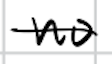
Text: no
Cross-out: single-line
Writing tool: digital_black